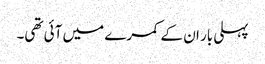
پہلی بار ان کے کمرے میں آئی تھی۔